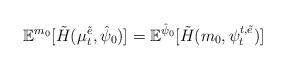
LaTeX: \begin{align*}\mathbb{E}^{m_0}[\tilde H(\mu_t^{\tilde{e}},\hat{\psi}_0)]=\mathbb{E}^{\hat{\psi}_0}[\tilde H(m_0,\psi_t^{t,\tilde{e}})]\end{align*}